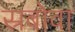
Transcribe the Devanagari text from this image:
स्रबोवा